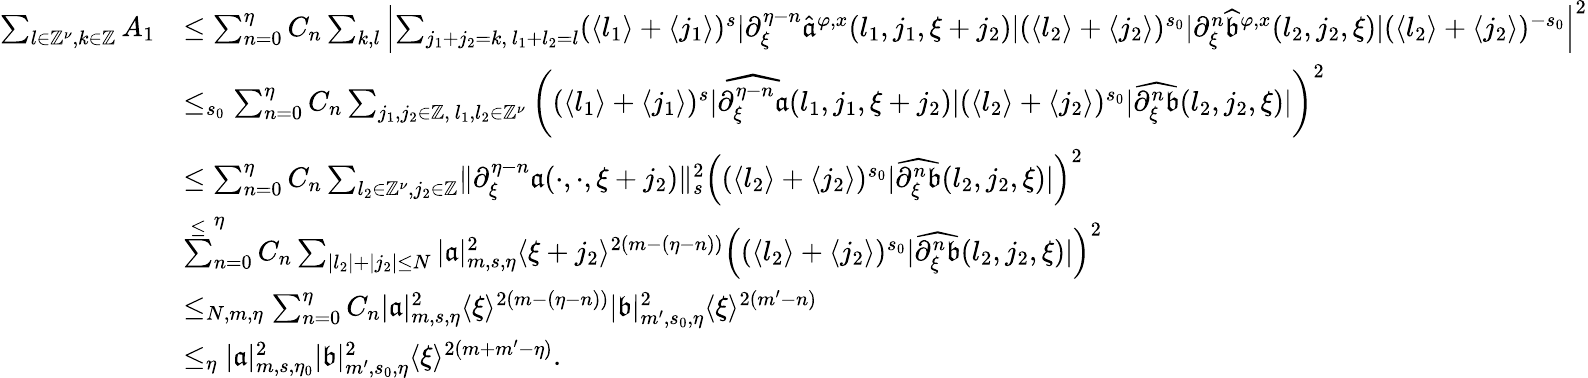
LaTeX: \begin{array}{rl}{\sum_{l\in\mathbb{Z}^{\nu},k\in\mathbb{Z}}A_{1}}&{\le\sum_{n=0}^{\eta}C_{n}\sum_{k,l}\left|\sum_{j_{1}+j_{2}=k,\ l_{1}+l_{2}=l}(\langle l_{1}\rangle+\langle j_{1}\rangle)^{s}|\partial_{\xi}^{\eta-n}\widehat{\mathfrak{a}}^{\varphi,x}(l_{1},j_{1},\xi+{j_{2}})|(\langle l_{2}\rangle+\langle j_{2}\rangle)^{s_{0}}|\partial_{\xi}^{n}\widehat{\mathfrak{b}}^{\varphi,x}(l_{2},j_{2},\xi)|(\langle l_{2}\rangle+\langle j_{2}\rangle)^{-s_{0}}\right|^{2}}\\ &{\le_{s_{0}}\sum_{n=0}^{\eta}C_{n}\sum_{j_{1},j_{2}\in\mathbb{Z},\ l_{1},l_{2}\in\mathbb{Z}^{\nu}}\left((\langle l_{1}\rangle+\langle j_{1}\rangle)^{s}|\widehat{\partial_{\xi}^{\eta-n}\mathfrak{a}}(l_{1},j_{1},\xi+{j_{2}})|(\langle l_{2}\rangle+\langle j_{2}\rangle)^{s_{0}}|\widehat{\partial_{\xi}^{n}\mathfrak{b}}(l_{2},j_{2},\xi)|\right)^{2}}\\ &{\le\sum_{n=0}^{\eta}C_{n}\sum_{l_{2}\in\mathbb{Z}^{\nu},j_{2}\in\mathbb{Z}}\rVert\partial_{\xi}^{\eta-n}\mathfrak{a}(\cdot,\cdot,\xi+j_{2})\rVert_{s}^{2}\left((\langle l_{2}\rangle+\langle j_{2}\rangle)^{s_{0}}|\widehat{\partial_{\xi}^{n}\mathfrak{b}}(l_{2},j_{2},\xi)|\right)^{2}}\\ &{\overset{\le}\sum_{n=0}^{\eta}C_{n}\sum_{|l_{2}|+|j_{2}|\le N}|\mathfrak{a}|_{m,s,\eta}^{2}\langle\xi+j_{2}\rangle^{2(m-(\eta-n))}\left((\langle l_{2}\rangle+\langle j_{2}\rangle)^{s_{0}}|\widehat{\partial_{\xi}^{n}\mathfrak{b}}(l_{2},j_{2},\xi)|\right)^{2}}\\ &{\le_{N,m,\eta}\sum_{n=0}^{\eta}C_{n}|\mathfrak{a}|_{m,s,\eta}^{2}\langle\xi\rangle^{2(m-(\eta-n))}|\mathfrak{b}|_{m^{\prime},s_{0},\eta}^{2}\langle\xi\rangle^{2(m^{\prime}-n)}}\\ &{\le_{\eta}|\mathfrak{a}|_{m,s,\eta_{0}}^{2}|\mathfrak{b}|_{m^{\prime},s_{0},\eta}^{2}\langle\xi\rangle^{2(m+m^{\prime}-\eta)}.}\end{array}